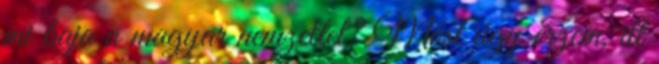
mi baja a magyar nemzettel? Most úgy érzem, itt